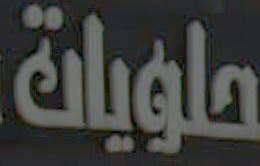
حلويات